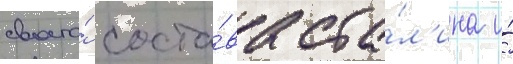
своего́ соста́ва ста́л'ина и́